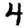
Digit: 4